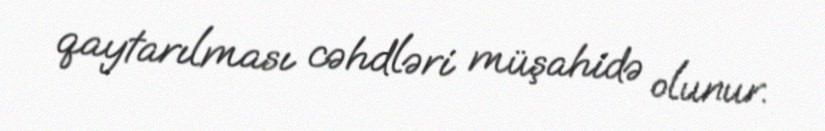
qaytarılması cəhdləri müşahidə olunur.